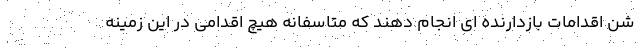
شن اقدامات بازدارنده ای انجام دهند که متاسفانه هیچ اقدامی در این زمینه